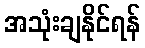
အသုံးချနိုင်ရန်